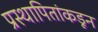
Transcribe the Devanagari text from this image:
प्रस्थापितांकडून